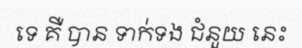
ទេ គឺ បាន ទាក់ទង ជំនួយ នេះ